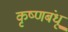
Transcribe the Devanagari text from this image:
कृष्णबंधू